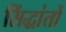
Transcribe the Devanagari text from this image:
सिंद्धांतों